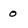
Character: 0